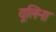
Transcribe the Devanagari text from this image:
यूलिना